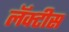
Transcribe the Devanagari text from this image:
लॅक्‍टीस